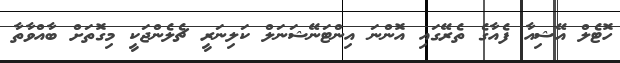
ހޮޓެލް އޭޝިއާ ފެއާގެ ތެރޭގައި އޮންނަ އިންޓަނޭޝަނަލް ކަލިނަރީ ޗެލެންޖަކީ މިގޮތަށް ބާއްވާތާ